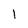
Character: l